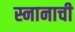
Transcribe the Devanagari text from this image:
स्नानाची